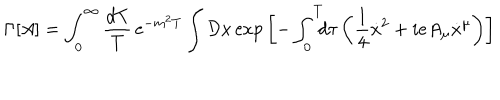
LaTeX: \Gamma \lbrack A \rbrack = \int _ { 0 } ^ { \infty } { \frac { d T } { T } } \, \mathrm { e } ^ { - m ^ { 2 } T } \int { \cal D } x \, \mathrm { e x p } \left[ - \int _ { 0 } ^ { T } \! \! \! d \tau \left( { \frac { 1 } { 4 } } { \dot { x } } ^ { 2 } + i e A _ { \mu } \dot { x } ^ { \mu } \right) \right]